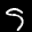
Label: 5